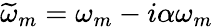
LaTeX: \widetilde{\omega}_{m}=\omega_{m}-i\alpha\omega_{m}